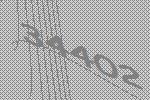
34402